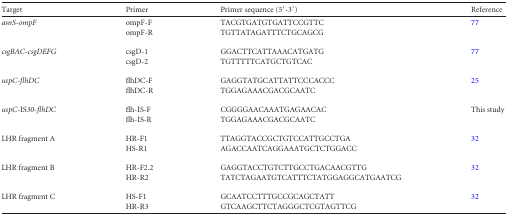
| Target | Primer | Primer sequence (5′-3′) | Reference |
 | --- | --- | --- | --- |
 | asnS-ompF | ompF-F | TACGTGATGTGATTCCGTTC | 77 |
 |  | ompF-R | TGTTATAGATTTCTGCAGCG |  |
 | csgBAC-csgDEFG | csgD-1 | GGACTTCATTAAACATGATG | 77 |
 |  | csgD-2 | TGTTTTTCATGCTGTCAC |  |
 | uspC-flhDC | flhDC-F | GAGGTATGCATTATTCCCACCC | 25 |
 |  | flhDC-R | TGGAGAAACGACGCAATC |  |
 | uspC-IS30-flhDC | flh-IS-F | CGGGGAACAAATGAGAACAC | This study |
 |  | flh-IS-R | TGGAGAAACGACGCAATC |  |
 | LHR fragment A | HR-F1 | TTAGGTACCGCTGTCCATTGCCTGA | 32 |
 |  | HS-R1 | AGACCAATCAGGAAATGCTCTGGACC |  |
 | LHR fragment B | HR-F2.2 | GAGGTACCTGTCTTGCCTGACAACGTTG | 32 |
 |  | HR-R2 | TATCTAGAATGTCATTTCTATGGAGGCATGAATCG |  |
 | LHR fragment C | HS-F1 | GCAATCCTTTGCCGCAGCTATT | 32 |
 |  | HR-R3 | GTCAAGCTTCTAGGGCTCGTAGTTCG |  |